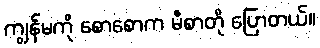
ကျွန်မကို စောစောက မီစာတို ပြောတယ်။